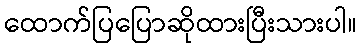
ထောက်ပြပြောဆိုထားပြီးသားပါ။